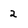
Character: 2